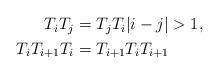
LaTeX: \begin{align*}\begin{aligned}T_iT_{j}&=T_jT_i |i-j|>1, \\T_{i}T_{i+1}T_i&=T_{i+1}T_iT_{i+1} \end{aligned}\end{align*}